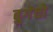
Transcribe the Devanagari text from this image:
बुगेचो